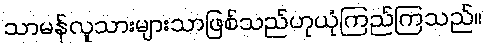
သာမန်လူသားများသာဖြစ်သည်ဟုယုံကြည်ကြသည်။